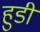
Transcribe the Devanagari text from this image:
हुडी